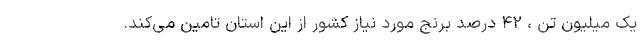
یک میلیون تن ، ۴۲ درصد برنج مورد نیاز کشور از این استان تامین می‌کند.